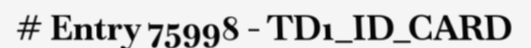
# Entry 75998 - TD1_ID_CARD